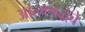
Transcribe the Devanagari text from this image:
आत्मश्रद्धेचे